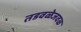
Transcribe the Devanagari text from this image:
तडवळेजवळ